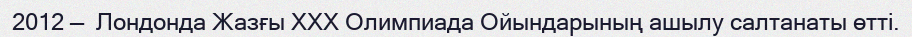
2012 —  Лондонда Жазғы XXX Олимпиада Ойындарының ашылу салтанаты өтті.